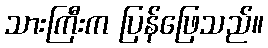
သားကြီးက ပြန်ဖြေသည်။